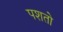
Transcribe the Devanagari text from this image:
पशतो